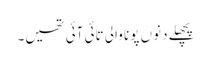
پچھلے دنوں پونا والی تائی آئی تھیں۔